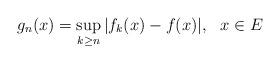
LaTeX: \begin{align*}g_n(x)=\sup_{k\ge n} |f_k(x)-f(x)|, \ \ x\in E\end{align*}